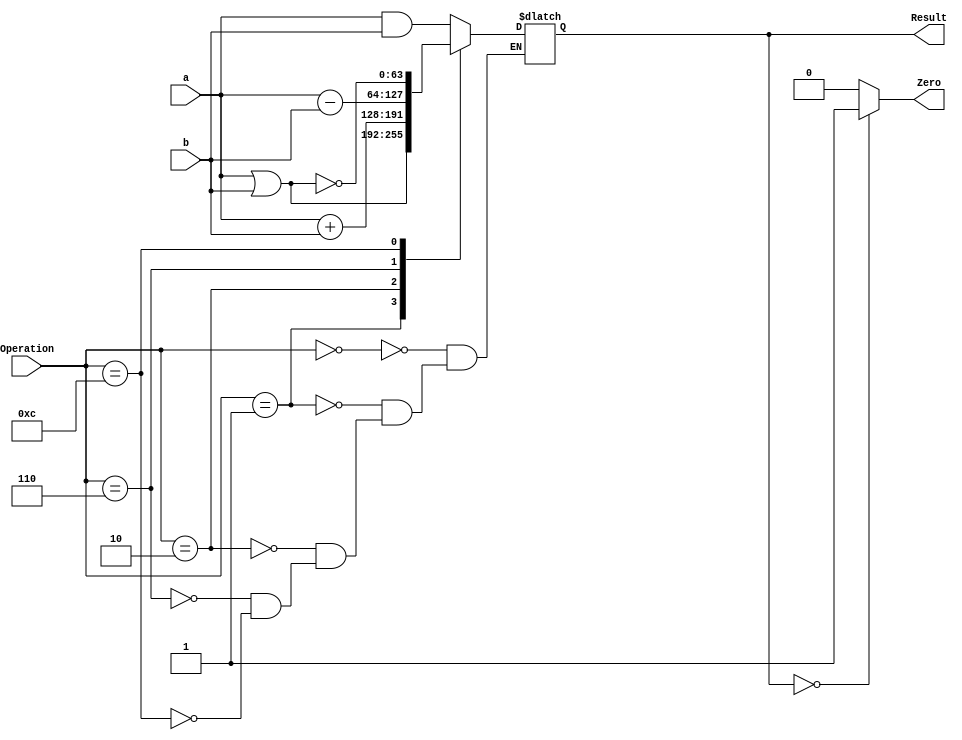
module ALU_64_behave
(
  input [63:0] a,b,
  input [3:0]Operation,
  output reg [63:0]Result,
  output reg Zero
);

always@(a,b,Operation)
begin
  case(Operation)
	
	4'h0: Result <= a & b;
	4'h1: Result <= a | b;
	4'h2: Result <= a + b;
	4'h6: Result <= a - b;
	4'hC: Result <= ~(a | b);
	endcase
  if(Result == 64'b0)
	Zero <= 1'b1;
  else
	Zero <= 1'b0;

end

endmodule